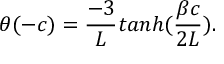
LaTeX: \theta ( - c ) = { \frac { - 3 } { L } } t a n h ( { \frac { \beta c } { 2 L } } ) .